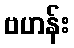
ဗဟန်း